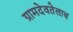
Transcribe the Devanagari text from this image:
ग्रामदेवतेलाच